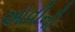
આવીની